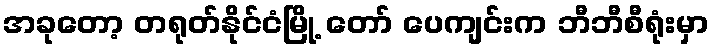
အခုတော့ တရုတ်နိုင်ငံမြို့ တော် ပေကျင်းက ဘီဘီစီရုံးမှာ